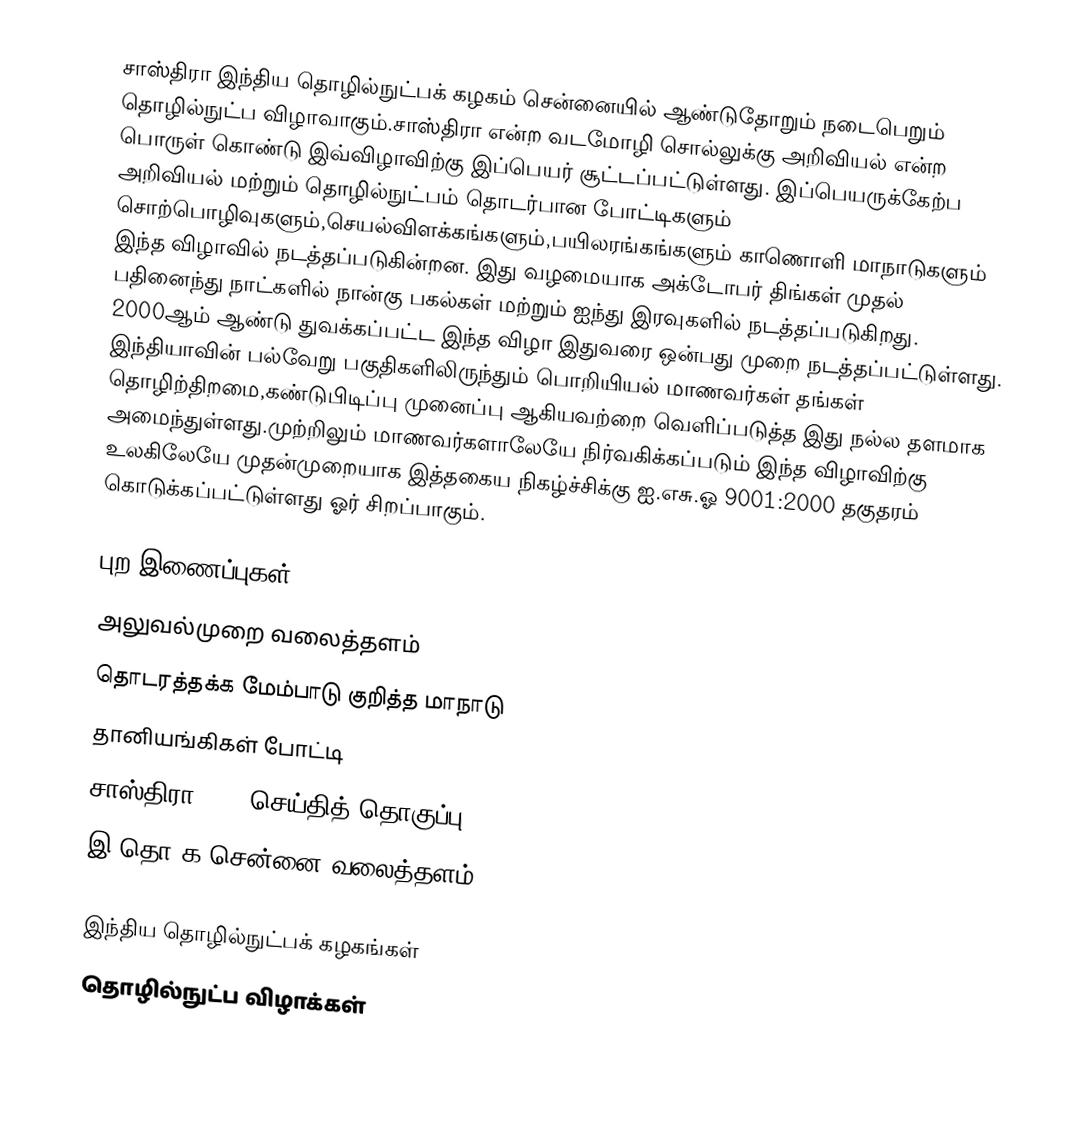
சாஸ்திரா இந்திய தொழில்நுட்பக் கழகம் சென்னையில் ஆண்டுதோறும் நடைபெறும் தொழில்நுட்ப விழாவாகும்.சாஸ்திரா என்ற வடமோழி சொல்லுக்கு அறிவியல் என்ற பொருள் கொண்டு இவ்விழாவிற்கு இப்பெயர் சூட்டப்பட்டுள்ளது. இப்பெயருக்கேற்ப அறிவியல் மற்றும் தொழில்நுட்பம் தொடர்பான போட்டிகளும் சொற்பொழிவுகளும்,செயல்விளக்கங்களும்,பயிலரங்கங்களும் காணொளி மாநாடுகளும் இந்த விழாவில் நடத்தப்படுகின்றன. இது வழமையாக அக்டோபர் திங்கள் முதல் பதினைந்து நாட்களில் நான்கு பகல்கள் மற்றும் ஐந்து இரவுகளில் நடத்தப்படுகிறது. 2000ஆம் ஆண்டு துவக்கப்பட்ட இந்த விழா இதுவரை ஒன்பது முறை நடத்தப்பட்டுள்ளது. இந்தியாவின் பல்வேறு பகுதிகளிலிருந்தும் பொறியியல் மாணவர்கள் தங்கள் தொழிற்திறமை,கண்டுபிடிப்பு முனைப்பு ஆகியவற்றை வெளிப்படுத்த இது நல்ல தளமாக அமைந்துள்ளது.முற்றிலும் மாணவர்களாலேயே நிர்வகிக்கப்படும் இந்த விழாவிற்கு உலகிலேயே முதன்முறையாக இத்தகைய நிகழ்ச்சிக்கு ஐ.எசு.ஓ 9001:2000 தகுதரம் கொடுக்கப்பட்டுள்ளது ஓர் சிறப்பாகும்.

புற இணைப்புகள்
அலுவல்முறை வலைத்தளம்
தொடரத்தக்க மேம்பாடு குறித்த மாநாடு
தானியங்கிகள் போட்டி
சாஸ்திரா 2006 செய்தித் தொகுப்பு
இ.தொ.க சென்னை வலைத்தளம்

இந்திய தொழில்நுட்பக் கழகங்கள்
தொழில்நுட்ப விழாக்கள்